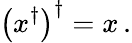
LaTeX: \left(x^{\dagger}\right)^{\dagger}=x\, .